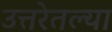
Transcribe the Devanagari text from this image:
उत्तरेतल्या